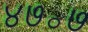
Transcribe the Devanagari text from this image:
४७॰७